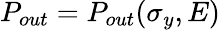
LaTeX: P_{out}=P_{out}(\sigma_{y},E)